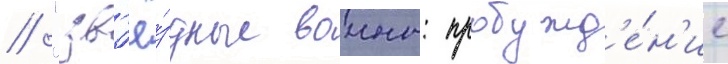
/ "зв'ё́здные воины: пробужд'е́н'ие